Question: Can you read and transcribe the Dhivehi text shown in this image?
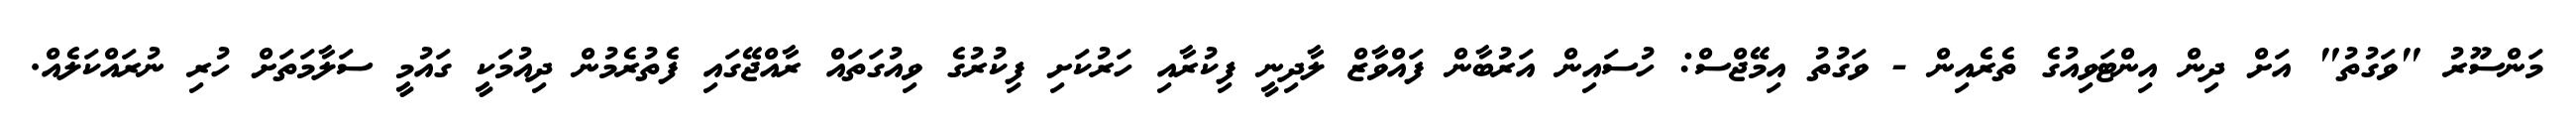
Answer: މަންސޫރު "ވަގުތު" އަށް ދިން އިންޓަވިއުގެ ތެރެއިން - ވަގުތު އިމޭޖްސް: ހުސައިން އަރުބާން ފައްވާޒް ލާދިނީ ފިކުރާއި ހަރުކަށި ފިކުރުގެ ވިއުގަތައް ރާއްޖޭގައި ފެތުރެމުން ދިއުމަކީ ގައުމީ ސަލާމަތަށް ހުރި ނުރައްކަލެއް.